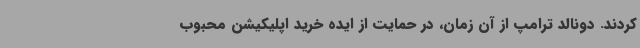
کردند. دونالد ترامپ از آن زمان، در حمایت از ایده خرید اپلیکیشن محبوب